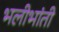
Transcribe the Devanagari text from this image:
भलीभांती